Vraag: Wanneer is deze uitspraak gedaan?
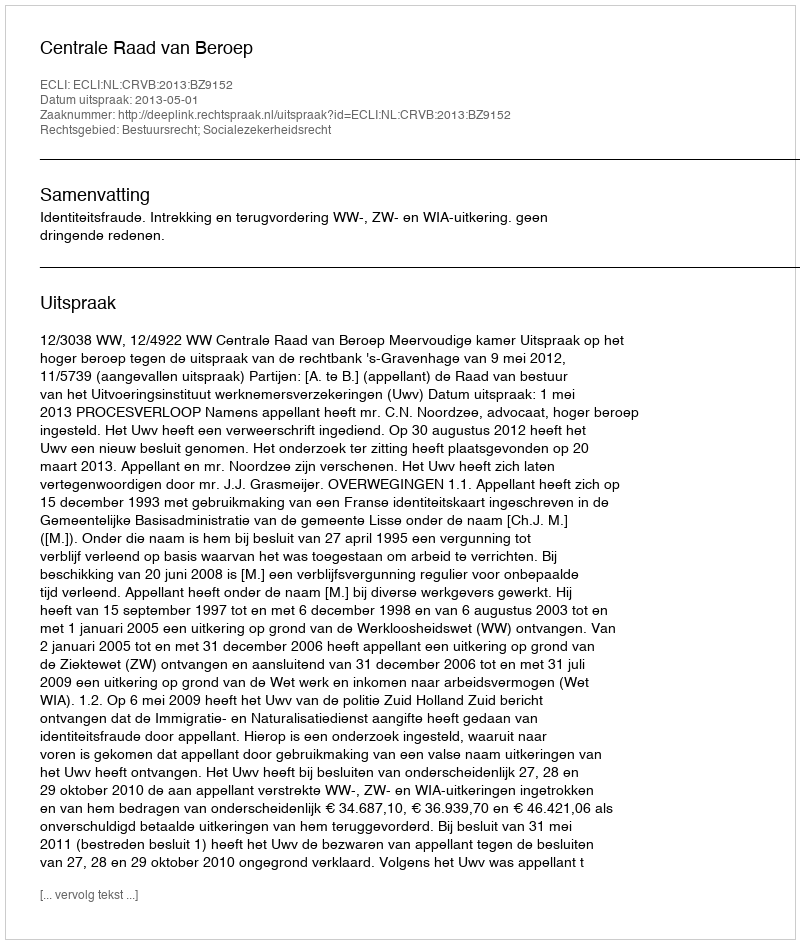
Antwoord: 2013-05-01